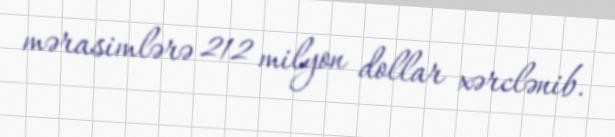
mərasimlərə 212 milyon dollar xərclənib.